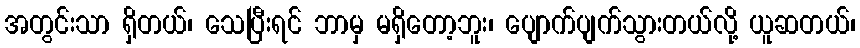
အတွင်းသာ ရှိတယ်၊ သေပြီးရင် ဘာမှ မရှိတော့ဘူး၊ ပျောက်ပျက်သွားတယ်လို့ ယူဆတယ်၊